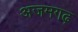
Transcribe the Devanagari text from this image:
अजमगढ़